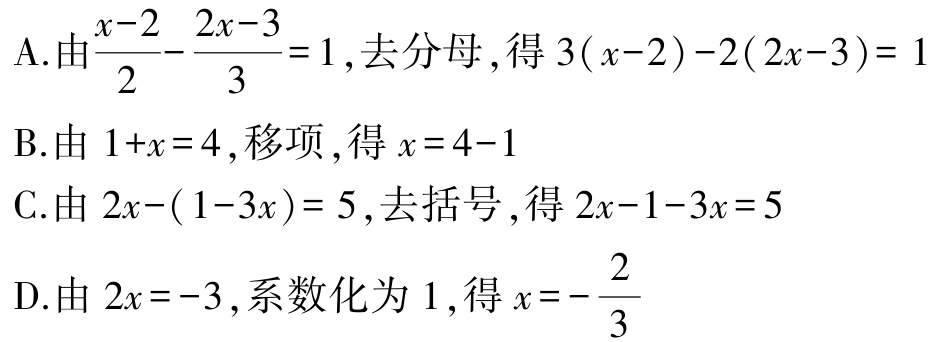
A.由$\frac{x - 2}{2} - \frac{2x - 3}{3} = 1$,去分母,得$3(x - 2) - 2(2x - 3) = 1$

B.由$1 + x = 4$,移项,得$x = 4 - 1$

C.由$2x - (1 - 3x) = 5$,去括号,得$2x - 1 - 3x = 5$

D.由$2x = -3$,系数化为$1$,得$x = - \frac{2}{3}$